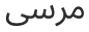
مرسى